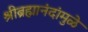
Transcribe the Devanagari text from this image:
श्रीब्रह्मानंदांमुळे